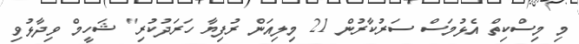
މި މިސްކިތް އެޅުމަސް ސަރުކާރުން 21 މިލިއަން ރުފިޔާ ހަރަދުކުރި" ޝަހީމް ވިދާޅުވި